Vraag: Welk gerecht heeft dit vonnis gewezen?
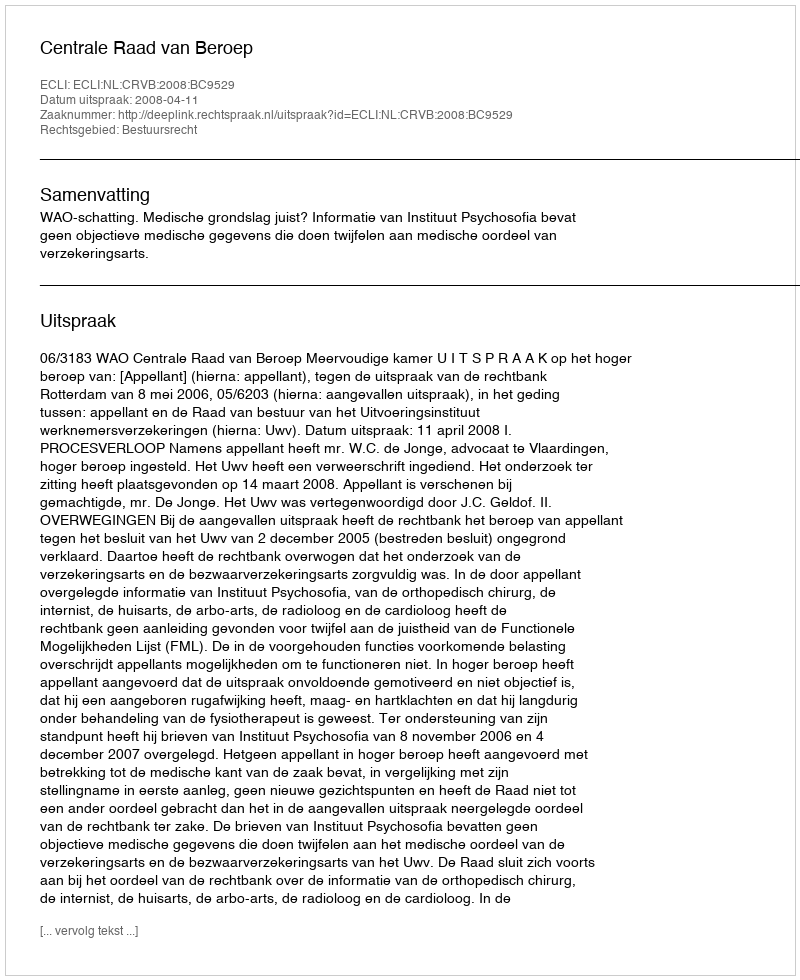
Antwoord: Centrale Raad van Beroep